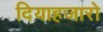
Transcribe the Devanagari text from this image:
दियाहजारो